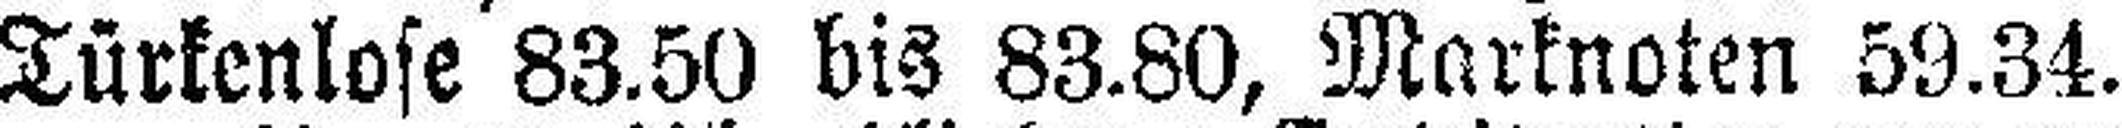
Türkenlose 83.50 bis 83.80, Marknoten 59.34.